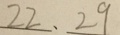
2 2 、 2 9